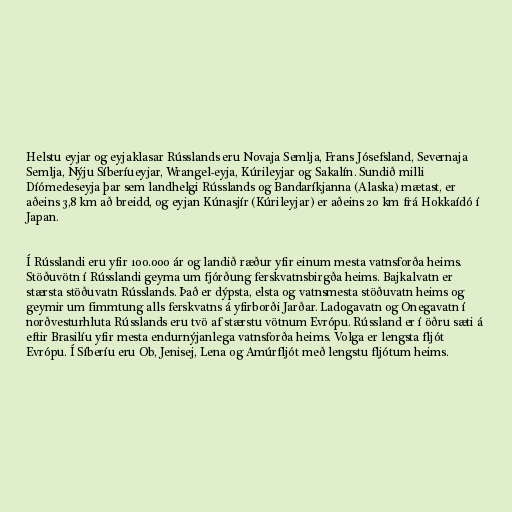
Helstu eyjar og eyjaklasar Rússlands eru Novaja Semlja, Frans Jósefsland, Severnaja
Semlja, Nýju Síberíueyjar, Wrangel-eyja, Kúrileyjar og Sakalín. Sundið milli
Díómedeseyja þar sem landhelgi Rússlands og Bandaríkjanna (Alaska) mætast, er
aðeins 3,8 km að breidd, og eyjan Kúnasjír (Kúrileyjar) er aðeins 20 km frá Hokkaídó í
Japan.

Í Rússlandi eru yfir 100.000 ár og landið ræður yfir einum mesta vatnsforða heims.
Stöðuvötn í Rússlandi geyma um fjórðung ferskvatnsbirgða heims. Bajkalvatn er
stærsta stöðuvatn Rússlands. Það er dýpsta, elsta og vatnsmesta stöðuvatn heims og
geymir um fimmtung alls ferskvatns á yfirborði Jarðar. Ladogavatn og Onegavatn í
norðvesturhluta Rússlands eru tvö af stærstu vötnum Evrópu. Rússland er í öðru sæti á
eftir Brasilíu yfir mesta endurnýjanlega vatnsforða heims. Volga er lengsta fljót
Evrópu. Í Síberíu eru Ob, Jenisej, Lena og Amúrfljót með lengstu fljótum heims.